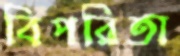
বিপরিতা